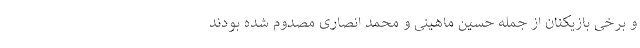
و برخی بازیکنان از جمله حسین ماهینی و محمد انصاری مصدوم شده بودند